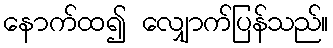
နောက်ထ၍ လျှောက်ပြန်သည်။